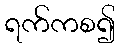
ရက်ကစ၍